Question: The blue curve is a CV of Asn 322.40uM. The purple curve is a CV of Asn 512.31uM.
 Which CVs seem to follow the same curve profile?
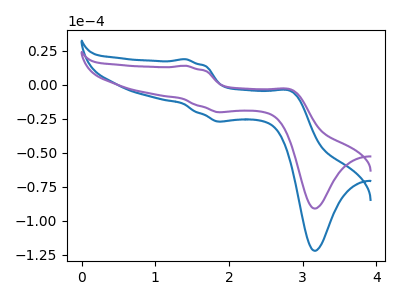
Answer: <think>The blue curve "Asn 322.40uM" has anodic peaks at (1.40V, 18.80uA) (2.85V, -5.05uA) and cathodic peaks at (1.90V, -27.00uA) (3.20V, -121.90uA). The purple curve "Asn 512.31uM" has anodic peaks at (1.40V, 14.00uA) (2.85V, -3.75uA) and cathodic peaks at (1.90V, -20.10uA) (3.20V, -90.90uA).
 All the peaks in "Asn 322.40uM" have a peak in "Asn 512.31uM" at the same potential.</think>
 <answer>"Asn 512.31uM" and "Asn 322.40uM" have the same shape and are likely CV's of the same chemical.</answer>
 <eval>"Asn 512.31uM" "Asn 322.40uM"</eval>